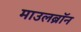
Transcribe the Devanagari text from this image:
माउलब्रॉन